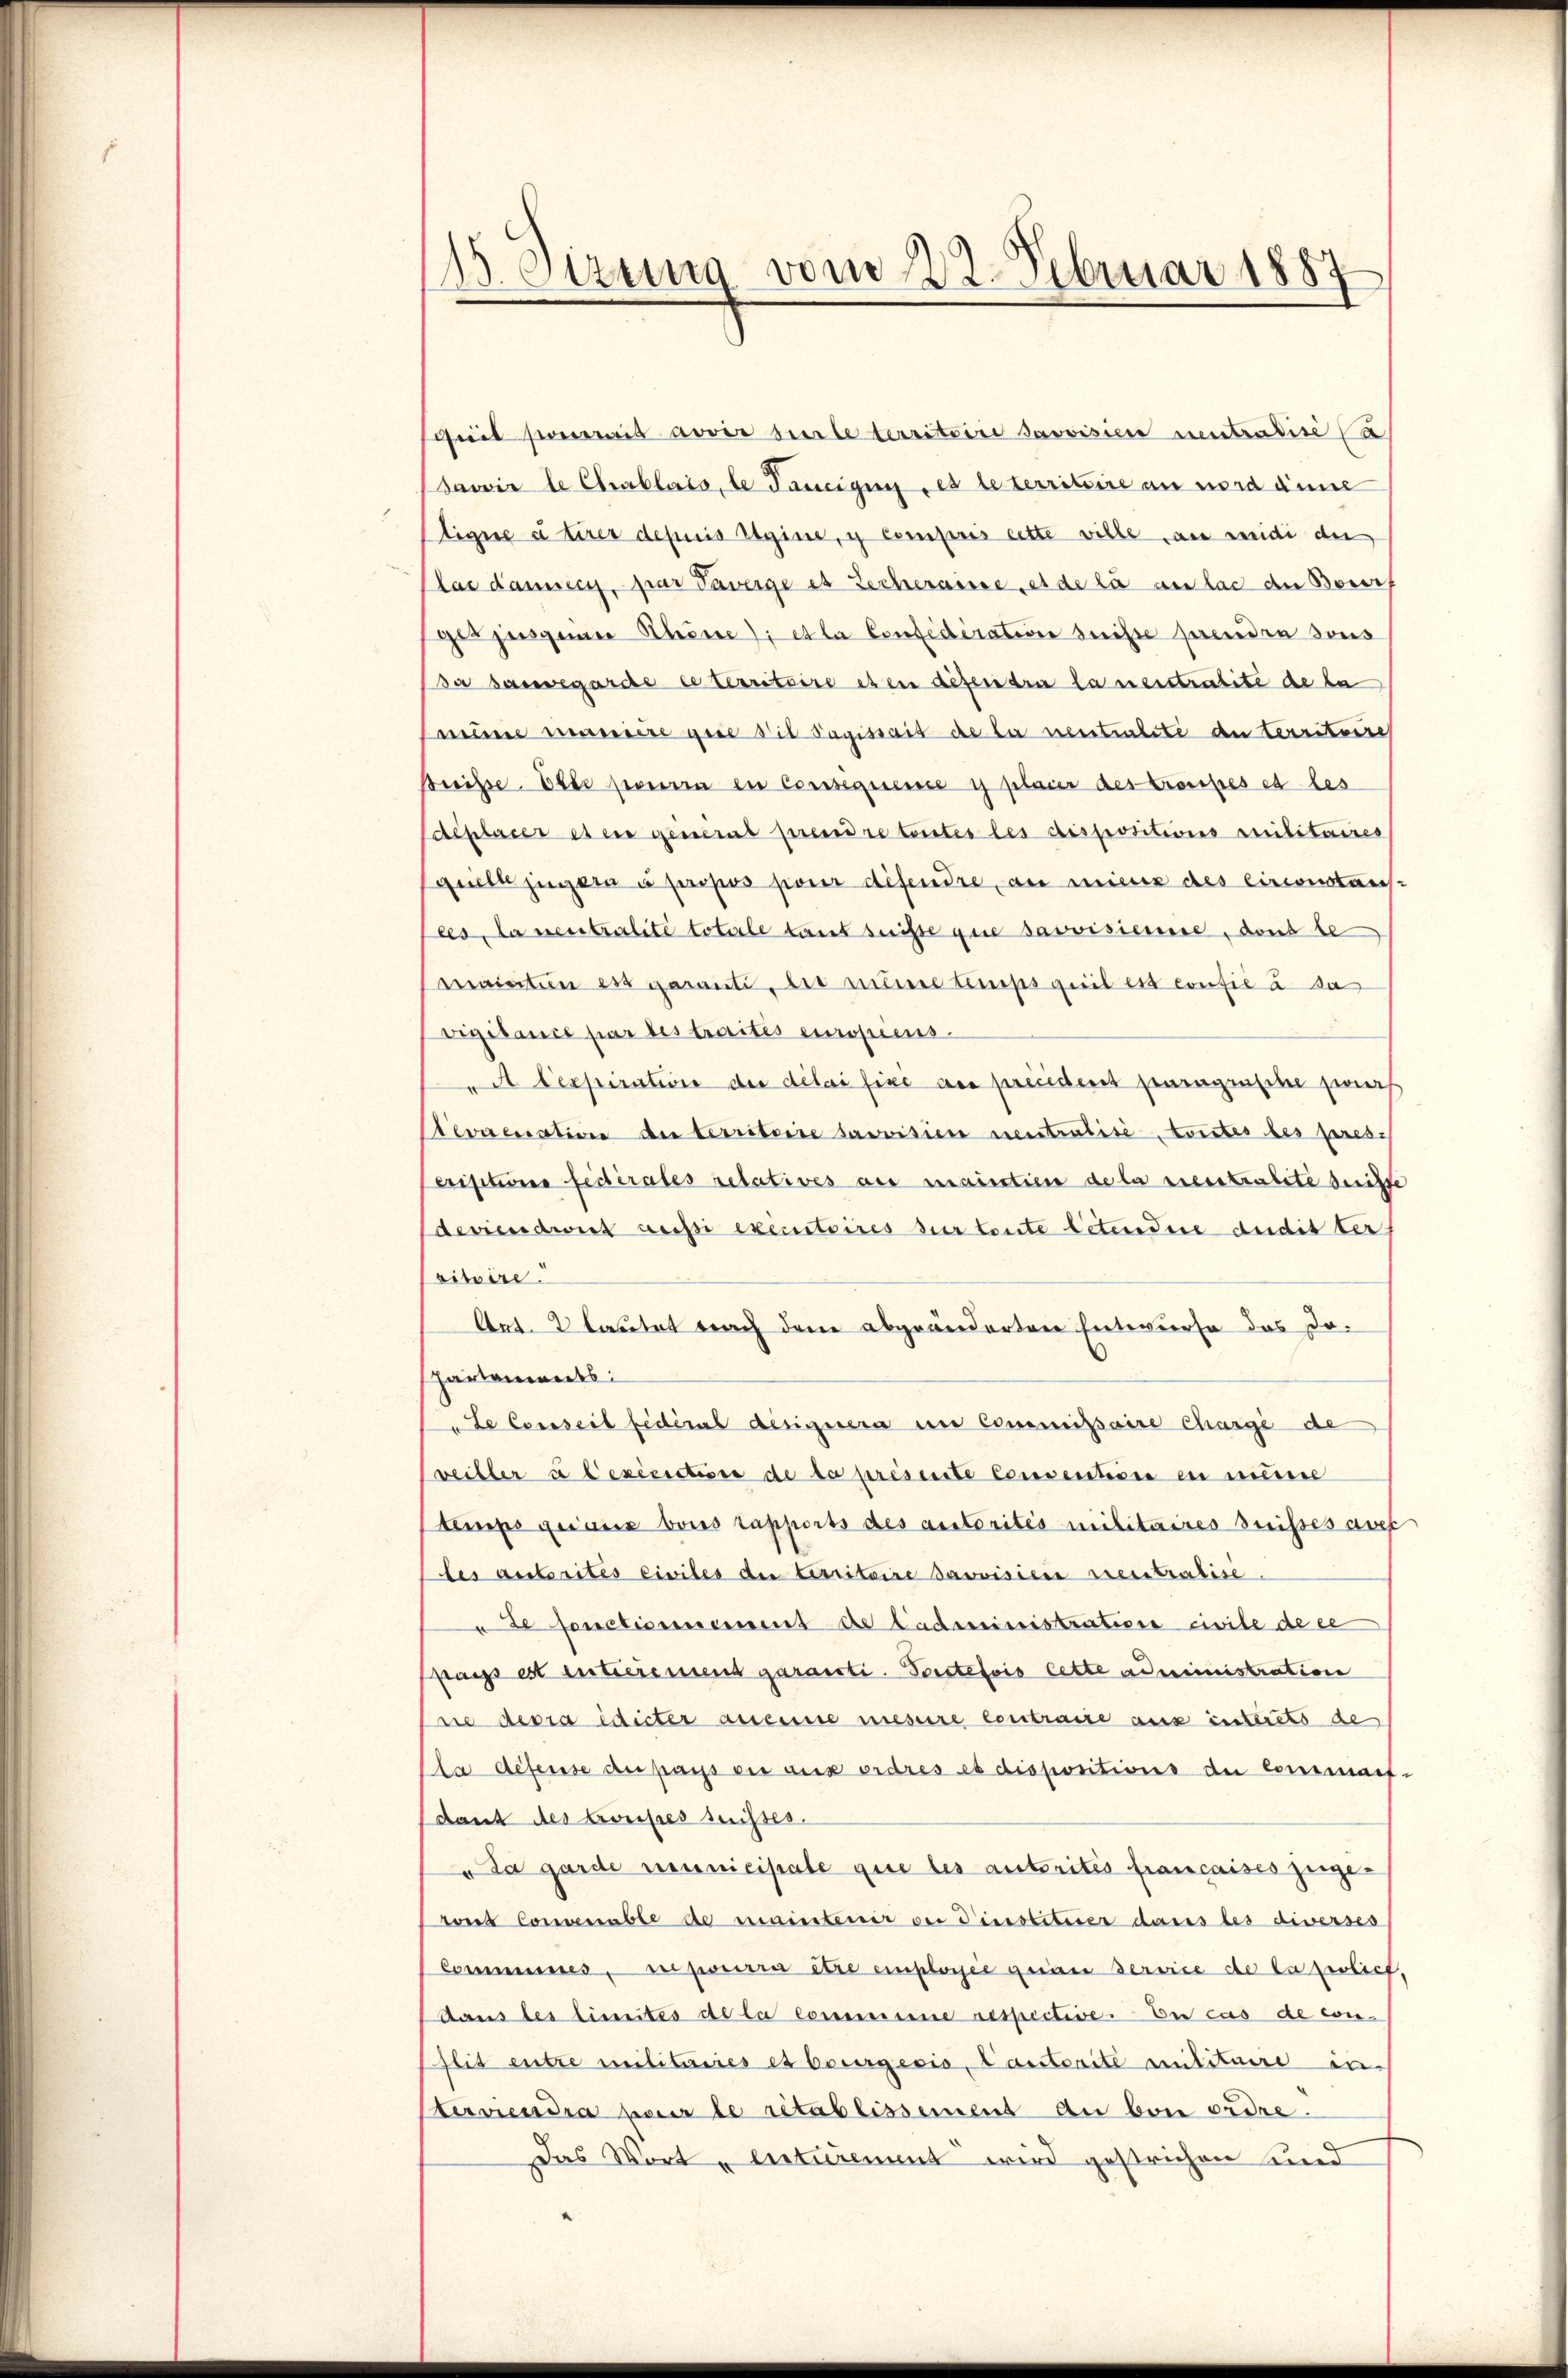
.
Sezung vom 22. Februar 1887

heil serait avoir verle territoire savoisier neutradice Ca
dawie le Chablais, le Tanzigen, es le territoire an word anne
Eigne à tirer depuis Sigine, y compris cette wille an seidi der
las damseci, par Taverge es Zecheraisse, es de la an las der Bover,
ger jungener Schöne et la Confederation seise prendra sous
da Bauvegarde le territoire et en diesendra la neutralite de la
ime maniere gute die Tagissait de la neutralité de territoire
Buisse. Elle pourra en Consequence i plaier des Croutes es les
deplacereten general prendre toutes les dispositions Militaires
quelle jugern à propos pour défendre, an mieux des circonstan
les, da neutralité toterle tant suise que savoisierse, dont be
maierten est garanti, die mine temps quil est confié à da
vigilance par des traités europiens
A lexpiration der délai fixe au précident paragnische zweif
Nevacuation der territoire servision neutralisé toutes des prescriptione federates relatives aus maintien de la veutralite derste
Ideviendwirt aussi executoires zur toute betendere Audit ter
vitoire.
Art. lautet nach dem abgeänderten Entwurfe das Dohartenwarts
Le Conseil fédéral designera in Commissaire Chargé de
veiller à lexiciction de la présente Consentione en müsse
temps geraus bois rapports des autorités militaires Buisses avec
les autorités civiles die territoire avvisici veutralisé
u de fonctionement de Cadministratione civile de ce
pass est intreiemend garanti. Toutefois cette administration
nie devra idicter aneine mesure contraire aus interets de
la défense de pass ein aus erdres es dispositions der Commaif-
dant des Crousses suisses.
" Da garde municipale que les autorités francaises zugevons Convenable de meinsteuer der Dinstituier dans les diverses
Communes. erpierra être emplarie geige Service de Cazirlich,
Dans les limites de la commine respective. En cas de con-
lit entre militaries et bourgeris, Cantorite militaire in-
Sterwendia pour le rétablissement an bei ordre
Das Wort „entirement wird gestrichen und